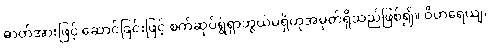
ဓာတ်အားဖြင့် ဆောင်ခြင်းဖြင့် စက်ဆုပ်ရွံရှာဘွယ်မရှိဟုအမှတ်ရှိသည်ဖြစ်၍။ ဝိဟရေယျ၊